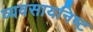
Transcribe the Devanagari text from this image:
व्यवसायनिष्ट